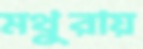
মথুরায়